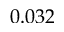
0 . 0 3 2